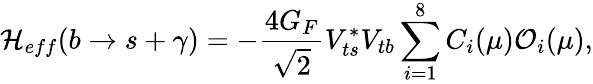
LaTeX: {\cal H}_{eff}(b\to s+\gamma)=-\frac{4G_{F}}{\sqrt{2}}V_{ts}^{*}V_{tb}\sum_{i=1}^{8}C_{i}(\mu){\cal O}_{i}(\mu),